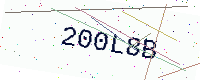
Text: 200L8B